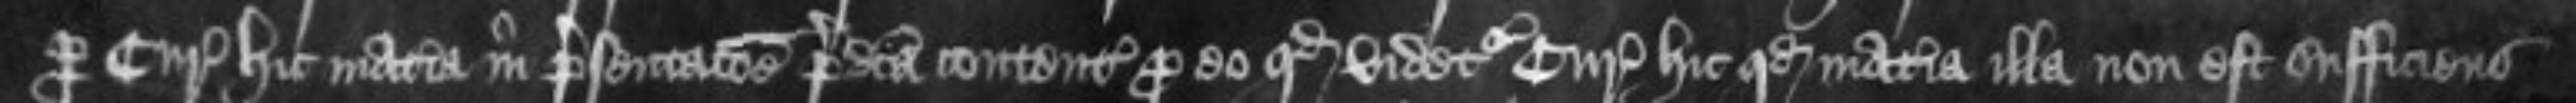
per Curiam hic materia in presentacione predicta contenta pro eo quod videtur Curie hic quod materia illa non est sufficiens